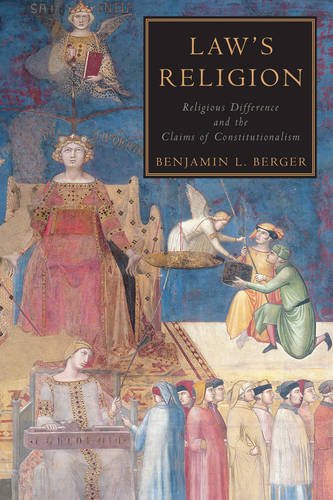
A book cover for Law's Religion: Religious Difference and the Claims of Constitutionalism; Benjamin L. Berger; Law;